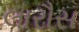
લારૌસ